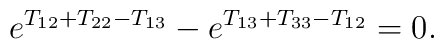
e^{T_{12} + T_{22}-T_{13}} - e^{T_{13} + T_{33} - T_{12}} = 0.